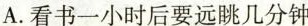
A.看书一小时后要远眺几分钟